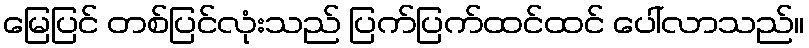
မြေပြင် တစ်ပြင်လုံးသည် ပြက်ပြက်ထင်ထင် ပေါ်လာသည်။